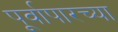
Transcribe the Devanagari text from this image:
पूर्वापारच्या